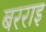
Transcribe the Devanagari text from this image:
बरराइ